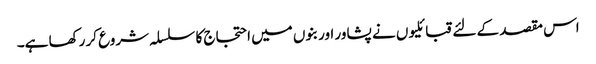
اس مقصد کے لئے قبائلیوں نے پشاور اور بنوں میں احتجاج کا سلسلہ شروع کر رکھا ہے۔